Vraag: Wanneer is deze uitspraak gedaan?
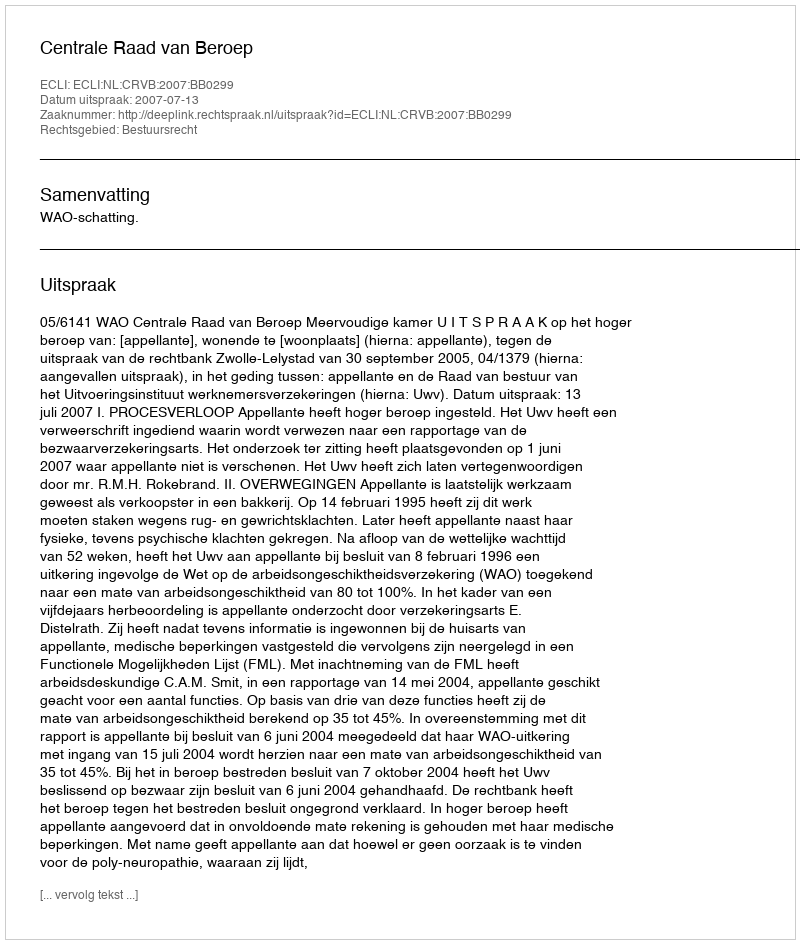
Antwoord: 2007-07-13